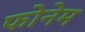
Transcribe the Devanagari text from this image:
फोनेम